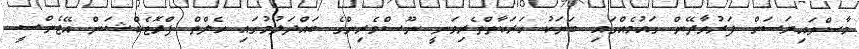
މާސްވައިރަސަށް ފަރުވާދޭން ގައުމެއްގައި ބަޔަކު ހަރަކާތްތެރިވަނީ ނޫސްވެރިންގެ ބައްދަލުުމުގައި ހެލްތް ޕްރޮޓެކްޝަން އޭޖެންސީ